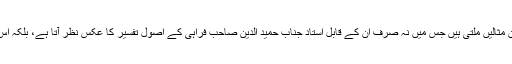
’’ تدبر قرآن‘‘ میں ان کی تحقیق کی عظیم الشان مثالیں ملتی ہیں جس میں نہ صرف ان کے قابل استاد جناب حمید الدین صاحب فراہی کے اصول تفسیر کا عکس نظر آتا ہے، بلکہ اس میں ان کی اپنی انفرادیت کی بھی چھاپ ہے۔